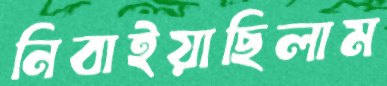
নিবাইয়াছিলাম